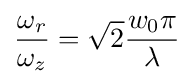
{\frac {\omega _{r}}{\omega _{z}}}={\sqrt {2}}{\frac {w_{0}\pi }{\lambda }}